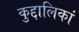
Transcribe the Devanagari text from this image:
कुद्दालिकां